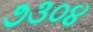
૭૩૦૪